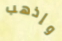
وإذهب